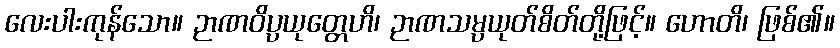
လေးပါးကုန်သော။ ဉာဏဝိပ္ပယုတ္တေဟိ၊ ဉာဏသမ္ပယုတ်စိတ်တို့ဖြင့်။ ဟောတိ၊ ဖြစ်၏။